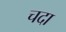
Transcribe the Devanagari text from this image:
चदा